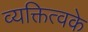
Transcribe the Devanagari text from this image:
व्यक्तित्वके